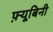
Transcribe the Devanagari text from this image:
फ़्यूबिनी